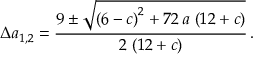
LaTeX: \Delta a _ { 1 , 2 } = \frac { 9 \pm { \sqrt { { \left( 6 - c \right) } ^ { 2 } + 7 2 \, a \, \left( 1 2 + c \right) } } } { 2 \, \left( 1 2 + c \right) } \, .